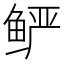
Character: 𲍓